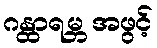
ဂန္ထာရမ္ဘ အဖွင့်